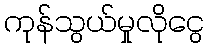
ကုန်သွယ်မှုလိုငွေ